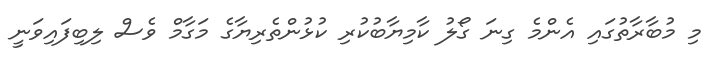
މި މުބާރާތުގައި އެންމެ ގިނަ ގޯލު ކާމިޔާބުކުރި ކުޅުންތެރިޔާގެ މަގާމް ވެސް ލިބިފައިވަނީ